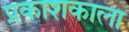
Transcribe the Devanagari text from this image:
प्रकाशकाला